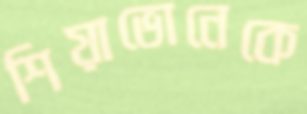
শিয়াভোনেকে